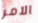
الآمر